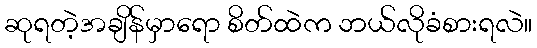
ဆုရတဲ့အချိန်မှာရော စိတ်ထဲက ဘယ်လိုခံစားရလဲ။